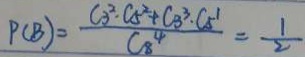
P ( B ) = \frac { C 3 ^ { 2 } \cdot C 5 ^ { 2 } + C _ { 3 } ^ { 3 } \cdot C _ { 5 } ^ { 1 } } { C _ { 8 } ^ { 4 } } = \frac { 1 } { 2 }